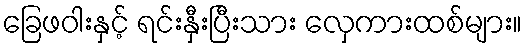
ခြေဖဝါးနှင့် ရင်းနှီးပြီးသား လှေကားထစ်များ။